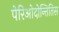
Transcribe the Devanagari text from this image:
पेरिओदोन्तितिस